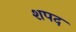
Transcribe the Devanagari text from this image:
शपद